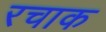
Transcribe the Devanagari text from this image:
रचाक